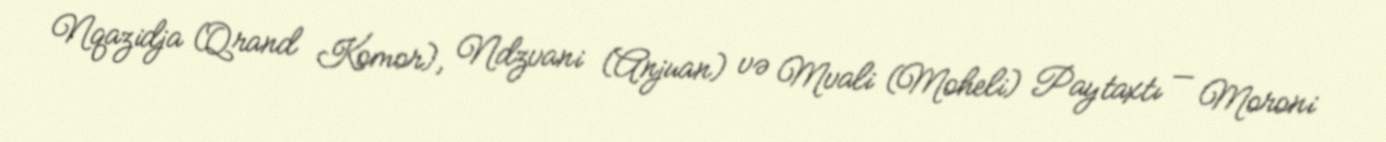
Nqazidja (Qrand Komor), Ndzvani (Anjuan) və Mvali (Moheli) Paytaxtı — Moroni